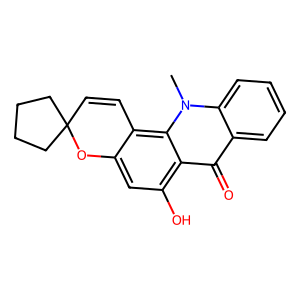
SMILES: Cn1c2ccccc2c(=O)c2c(O)cc3c(c21)C=CC1(CCCC1)O3
Inhibits HIV replication: Yes